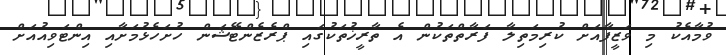
ވުމާއެކު މި ވަޒީފާއަށް ކުރިމަތިލާ ފަރާތްތަކުން އެ ތާރީޚުތަކުގައި ޕްރެޒެންޓޭޝަން ހުށަހެޅުމަށާއި އިންޓަވިއުއަށް